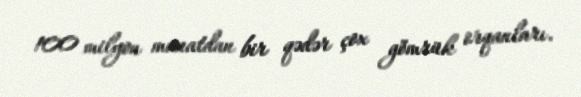
100 milyon manatdan bir qədər çox gömrük orqanları.